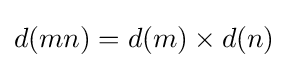
d(mn)=d(m)\times d(n)